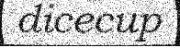
dicecup